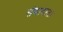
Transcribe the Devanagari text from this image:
संवादाता